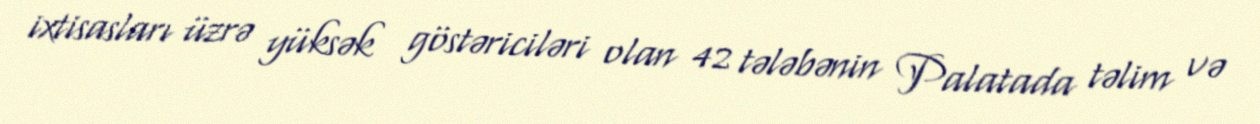
ixtisasları üzrə yüksək göstəriciləri olan 42 tələbənin Palatada təlim və